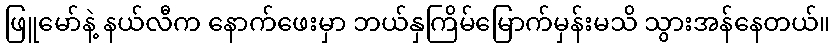
ဖြူမော်နဲ့ နယ်လီက နောက်ဖေးမှာ ဘယ်နှကြိမ်မြောက်မှန်းမသိ သွားအန်နေတယ်။